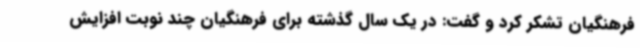
فرهنگیان تشکر کرد و گفت: در یک سال گذشته برای فرهنگیان چند نوبت افزایش